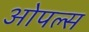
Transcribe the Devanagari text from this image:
ओपल्स